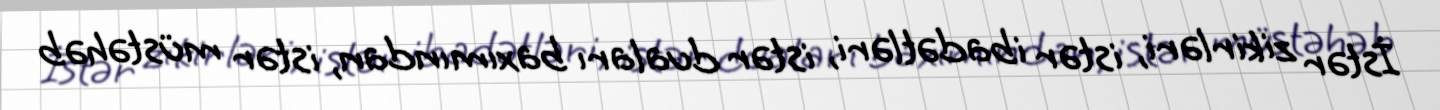
İstər zikirləri, istər ibadətləri, istər duaları baxımından, istər müstəhəb